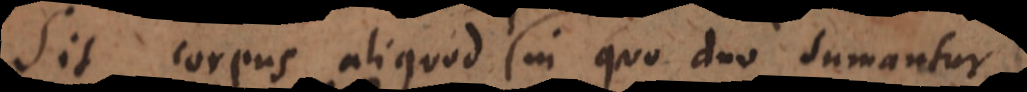
Sit corpus aliquod in quo duo sumantur